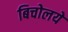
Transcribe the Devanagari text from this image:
बिचोलये